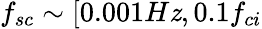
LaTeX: f_{sc}\sim[0.001H\mathit{z},0.1f_{ci}